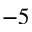
^ { - 5 }